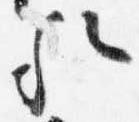
哉